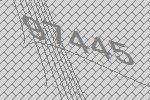
97445